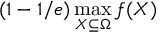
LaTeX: ( 1 - 1 / e ) \operatorname* { m a x } _ { X \subseteq \Omega } f ( X )